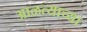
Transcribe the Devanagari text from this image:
आळत्याच्या